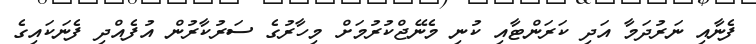
ފެނާއި ނަރުދަމާ އަދި ކަރަންޓާއި ކުނި މެނޭޖްކުރުމަށް މިހާރުގެ ސަރުކާރުން އުފެއްދި ފެނަކައިގެ